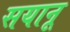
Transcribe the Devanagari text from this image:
सयानू